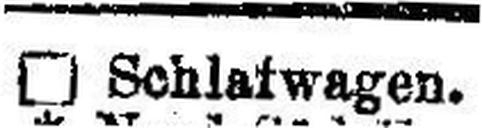
□ Schlafwagen.